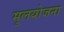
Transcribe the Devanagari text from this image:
मूलयोजना